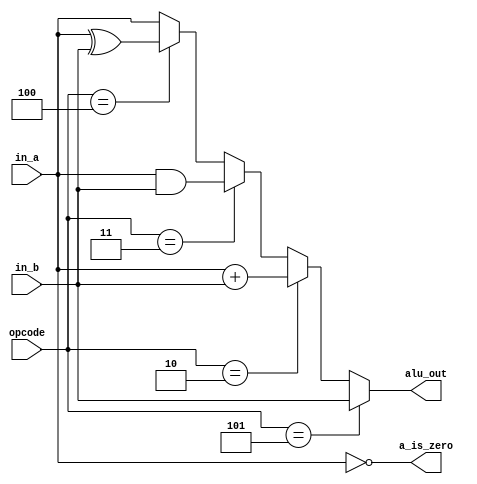
module alu(in_a, in_b, opcode, alu_out, a_is_zero);
    
    parameter WIDTH = 8;

    input [WIDTH-1:0] in_a, in_b;
    input [2:0] opcode;
    output reg [WIDTH-1:0] alu_out;
    output wire a_is_zero;
    
    assign a_is_zero = (in_a == 0);

    always @ *
    begin
        if(opcode == 3'b101)
            alu_out <= in_b;
        else if(opcode == 3'b010)
            alu_out <= in_a + in_b;
        else if(opcode == 3'b011)
            alu_out <= in_a & in_b;
        else if (opcode == 3'b100)
            alu_out <= in_a ^ in_b;
        else
            alu_out <= in_a;
    end

endmodule